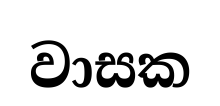
වාසක